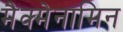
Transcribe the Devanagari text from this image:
मैक्मेनामिन